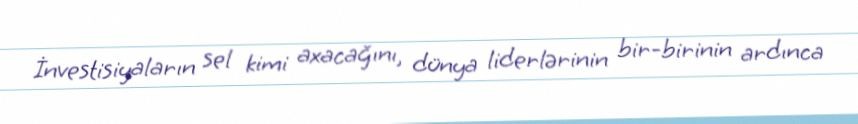
İnvestisiyaların sel kimi axacağını, dünya liderlərinin bir-birinin ardınca